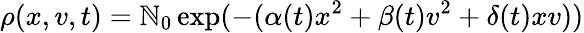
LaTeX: \rho(x,v,t)=\mathbb{N}_{0}\exp(-(\alpha(t)x^{2}+\beta(t)v^{2}+\delta(t)xv))